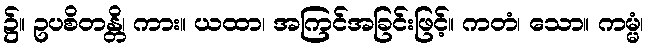
၌။ ဥပစိတန္တိ၊ ကား။ ယထာ၊ အကြင်အခြင်းဖြင့်။ ကတံ၊ သော။ ကမ္မံ၊